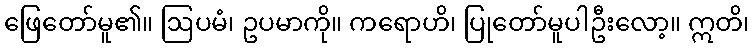
ဖြေတော်မူ၏။ ဩပမံ၊ ဥပမာကို။ ကရောဟိ၊ ပြုတော်မူပါဦးလော့။ ဣတိ၊